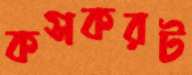
কসকরট